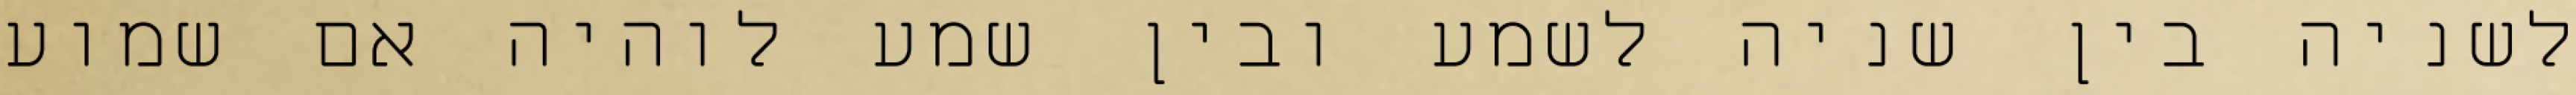
לשניה בין שניה לשמע ובין שמע לוהיה אם שמוע